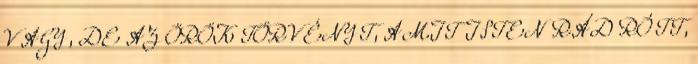
VAGY, DE AZ ÖRÖK TÖRVÉNYT, AMIT ISTEN RÁD RÓTT,